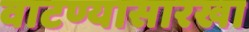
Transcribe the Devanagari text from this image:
वाटण्यासारखा